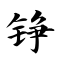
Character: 铮